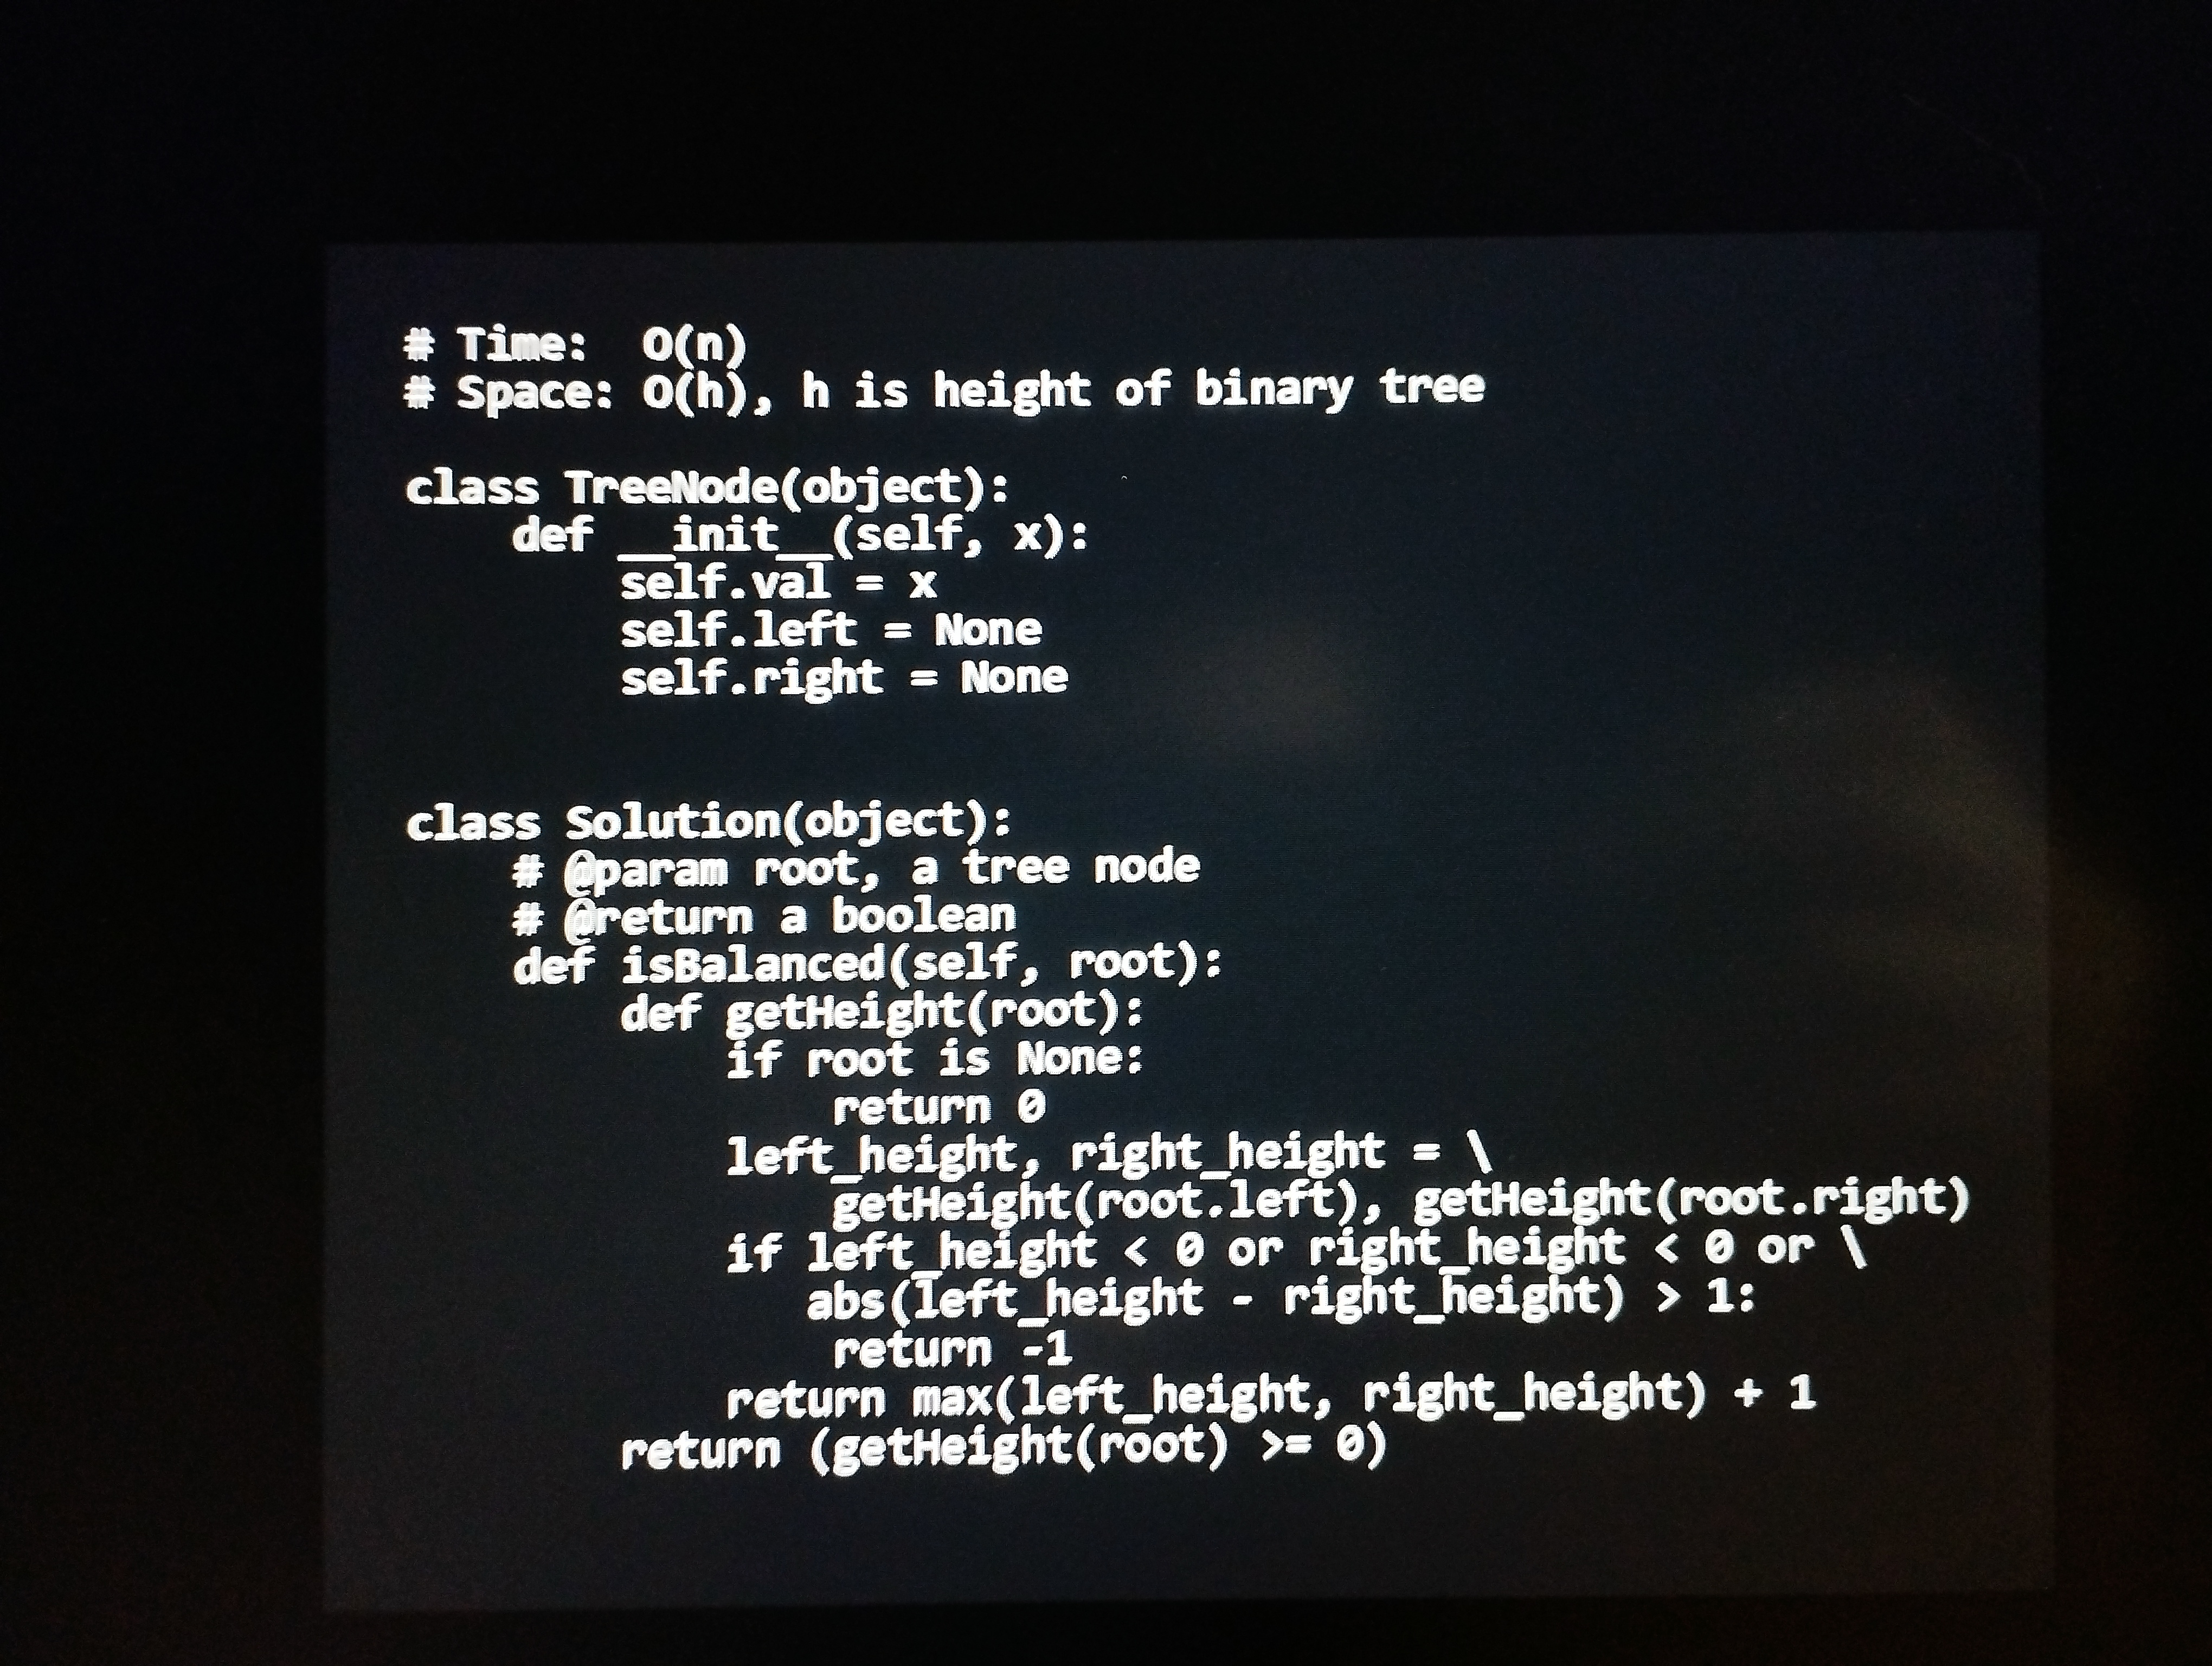
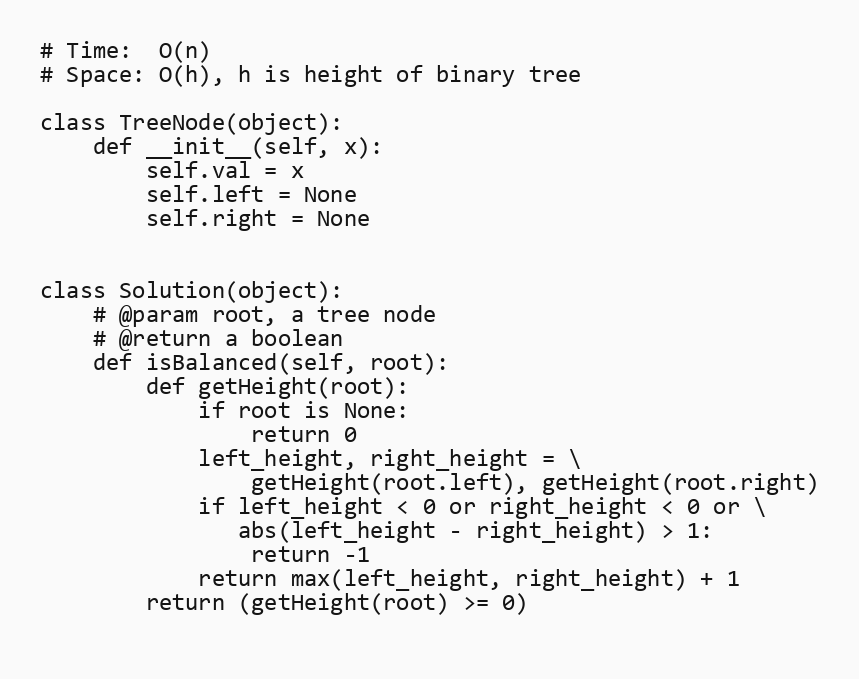
# Time:  O(n)
# Space: O(h), h is height of binary tree

class TreeNode(object):
    def __init__(self, x):
        self.val = x
        self.left = None
        self.right = None

class Solution(object):
    # @param root, a tree node
    # @return a boolean
    def isBalanced(self, root):
        def getHeight(root):
            if root is None:
                return 0
            left_height, right_height = \
                getHeight(root.left), getHeight(root.right)
            if left_height < 0 or right_height < 0 or \
               abs(left_height - right_height) > 1:
                return -1
            return max(left_height, right_height) + 1
        return (getHeight(root) >= 0)